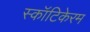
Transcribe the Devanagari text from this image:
स्कॉटिकेरम